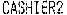
CASHIER2